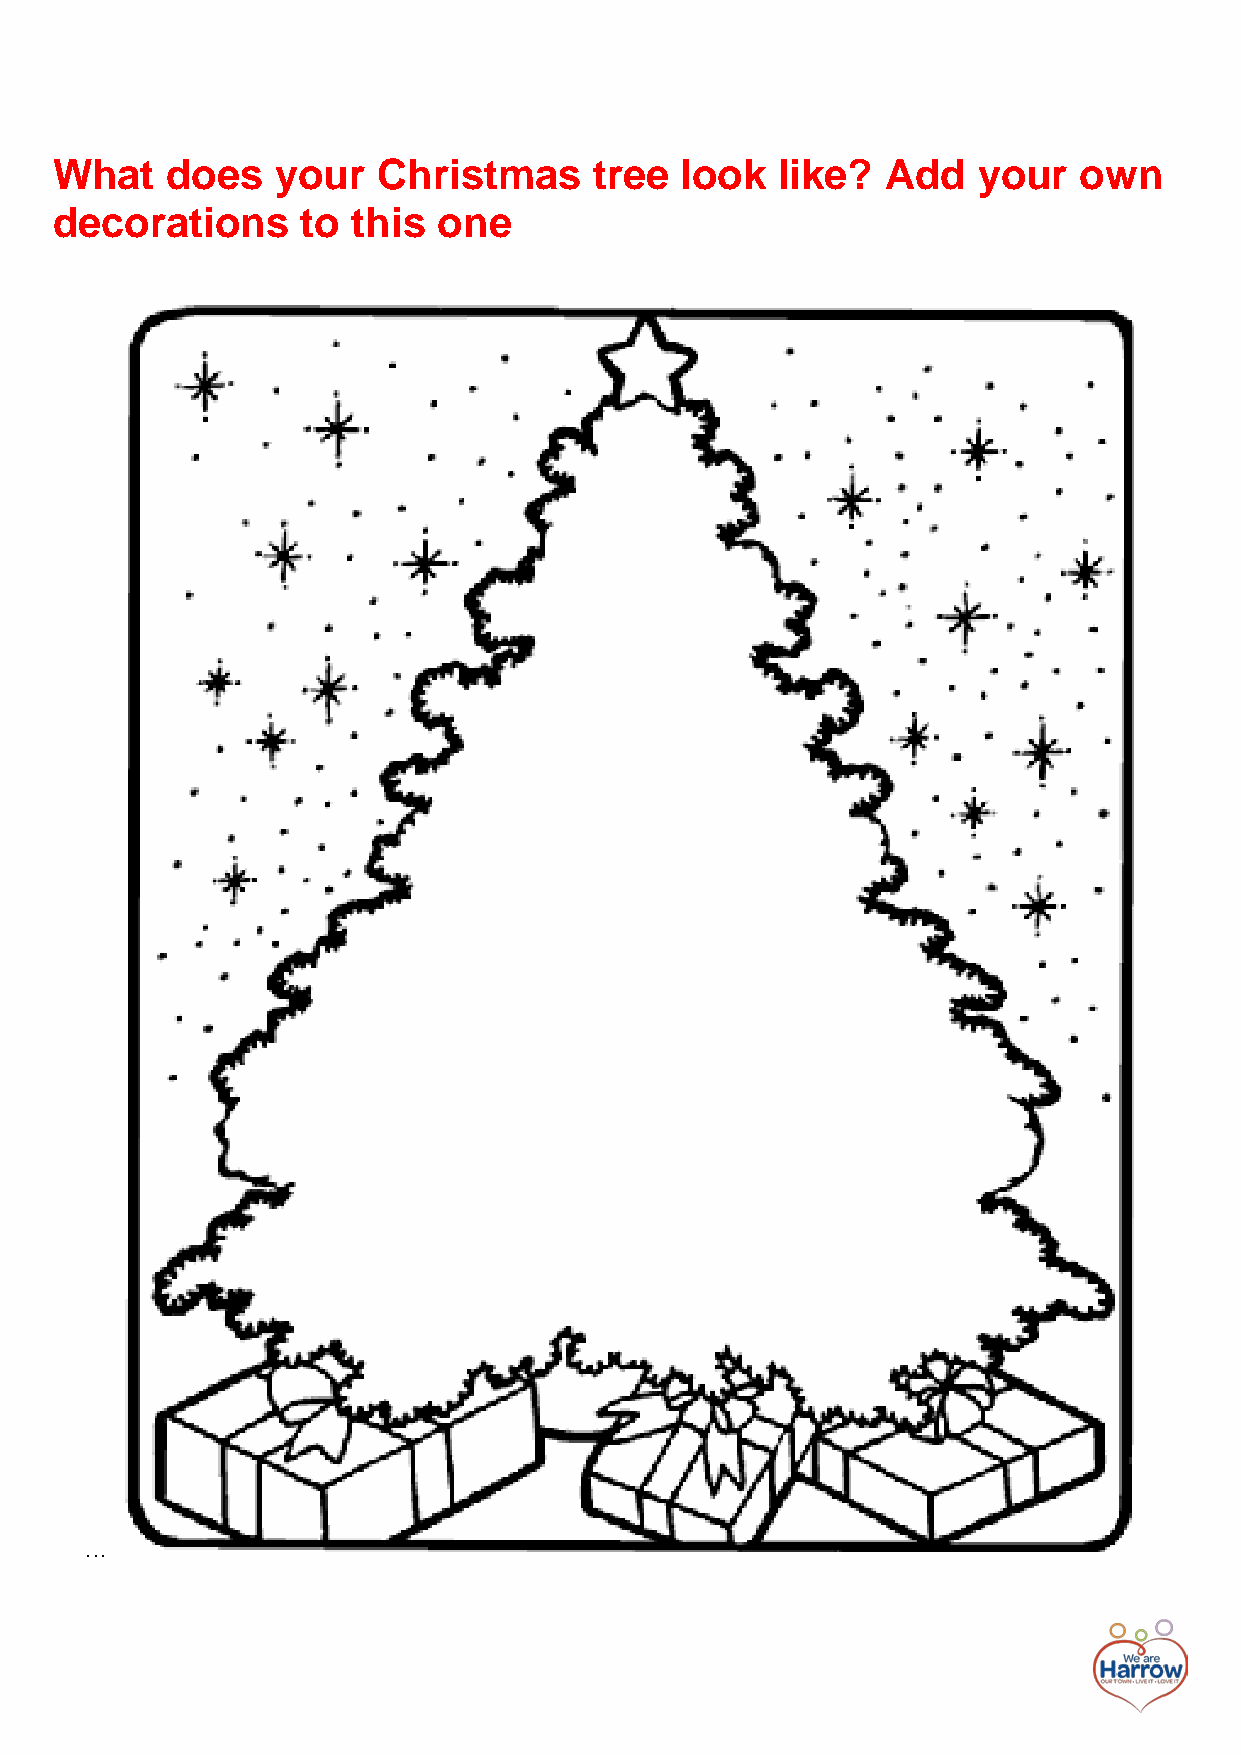
What   does   your   Christmas     tree  look   like?  Add   your  own
 decorations     to this  one
 …